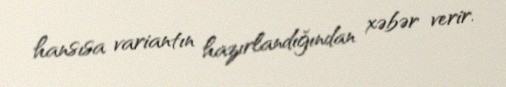
hansısa variantın hazırlandığından xəbər verir.